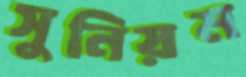
সুনিয়ম